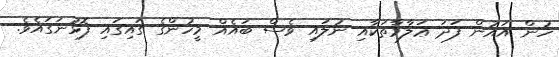
ހުން އައުން ފަދަ ޢަަލާމާތަކާއި ނުލައި ވެސް ބައެއް މީހުންގެ ގައިގައި ފޮޅުނަގައެވެ.